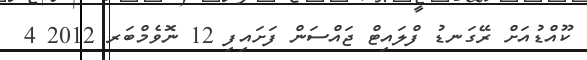
ކޫއްޑުއަށް ރޭގަނޑު ފްލައިޓް ޖައްސަން ފަށައިފި 12 ނޮވެމްބަރ 2012 4